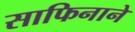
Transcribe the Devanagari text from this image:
साफिनाने